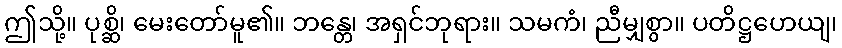
ဤသို့။ ပုစ္ဆိ၊ မေးတော်မူ၏။ ဘန္တေ၊ အရှင်ဘုရား။ သမကံ၊ ညီမျှစွာ။ ပတိဋ္ဌဟေယျ၊